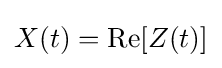
X(t)={\rm {Re}}[Z(t)]